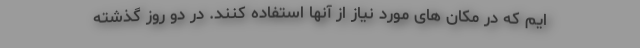
ایم که در مکان های مورد نیاز از آنها استفاده کنند. در دو روز گذشته